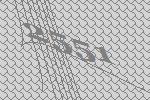
2551